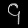
Digit: ၄